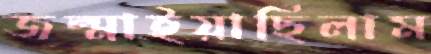
জন্মাইয়াছিলাম